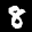
Label: 8